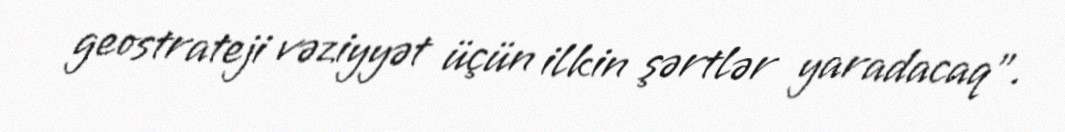
geostrateji vəziyyət üçün ilkin şərtlər yaradacaq".